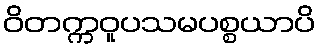
ဝိတက္ကဝူပသမပစ္စယာပိ